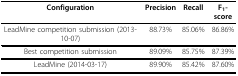
| Configuration | Precision | Recall | F1-score |
 | --- | --- | --- | --- |
 | LeadMine competition submission (2013-10-07) | 88.73% | 85.06% | 86.86% |
 | Best competition submission | 89.09% | 85.75% | 87.39% |
 | LeadMine (2014-03-17) | 89.90% | 85.42% | 87.60% |